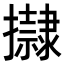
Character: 𢸀